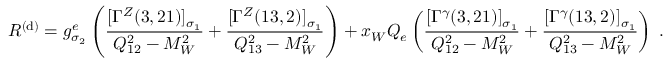
{ \cal R } ^ { ( \mathrm { d } ) } = g _ { \sigma _ { 2 } } ^ { e } \left( \frac { [ \Gamma ^ { Z } ( 3 , 2 1 ) ] _ { \sigma _ { 1 } } } { Q _ { 1 2 } ^ { 2 } - M _ { W } ^ { 2 } } + \frac { [ \Gamma ^ { Z } ( 1 3 , 2 ) ] _ { \sigma _ { 1 } } } { Q _ { 1 3 } ^ { 2 } - M _ { W } ^ { 2 } } \right) + x _ { W } Q _ { e } \left( \frac { [ \Gamma ^ { \gamma } ( 3 , 2 1 ) ] _ { \sigma _ { 1 } } } { Q _ { 1 2 } ^ { 2 } - M _ { W } ^ { 2 } } + \frac { [ \Gamma ^ { \gamma } ( 1 3 , 2 ) ] _ { \sigma _ { 1 } } } { Q _ { 1 3 } ^ { 2 } - M _ { W } ^ { 2 } } \right) \; .